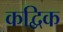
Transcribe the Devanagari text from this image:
कद्विक